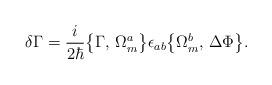
LaTeX: \begin{align*}\delta \Gamma = \frac{i}{2\hbar}\bigl\{\Gamma,\,\Omega_m^a\bigr\}\epsilon_{ab} \bigl\{\Omega_m^b,\,\Delta\Phi\bigr\}.\end{align*}